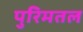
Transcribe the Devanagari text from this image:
पुरिमतल